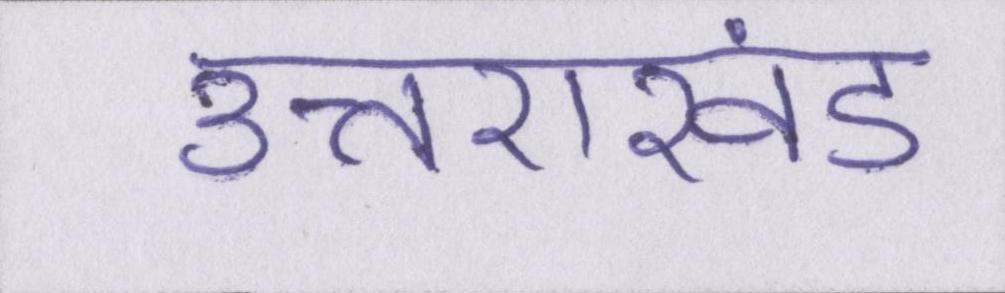
उत्तराखंड